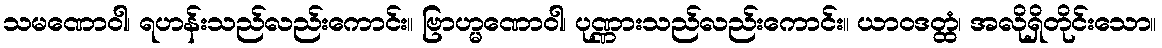
သမဏောဝါ၊ ရဟန်းသည်လည်းကောင်း။ ဗြာဟ္မဏောဝါ၊ ပုဏ္ဏားသည်လည်းကောင်း။ ယာဝဒတ္ထံ၊ အလိုရှိတိုင်းသော။